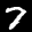
Label: 7